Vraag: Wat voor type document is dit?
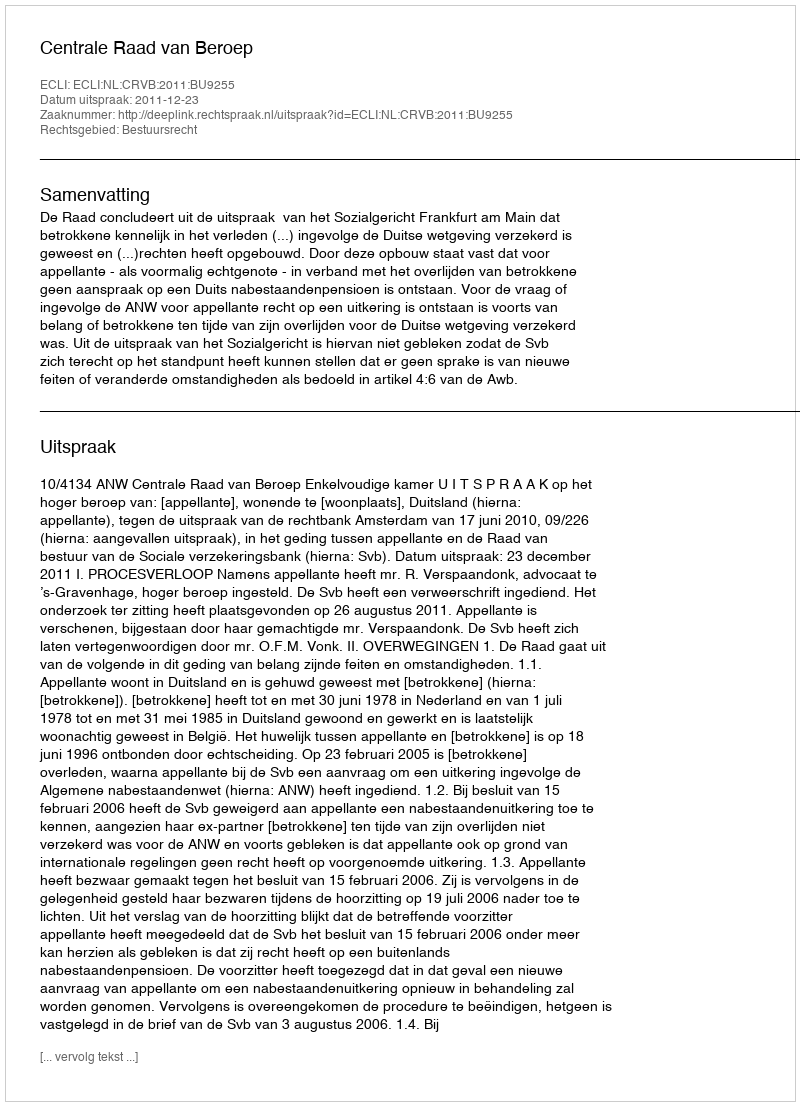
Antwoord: Uitspraak